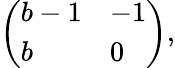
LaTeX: \left(\begin{array}{ll}{b-1}&{-1}\\ {b}&{0}\end{array}\right),